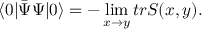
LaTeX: \langle 0 | \bar { \Psi } \Psi | 0 \rangle = - \operatorname * { l i m } _ { x \to y } t r S ( x , y ) .